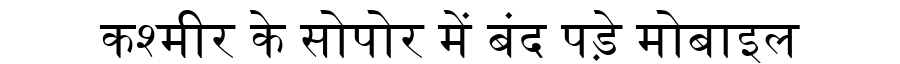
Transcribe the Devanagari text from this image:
कश्मीर के सोपोर में बंद पड़े मोबाइल